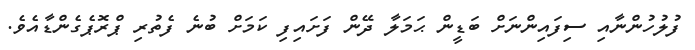
ފުލުހުންނާއި ސިފައިންނަށް ބަޑީން ޙަމަލާ ދޭން ފަށައިފި ކަމަށް ބުނެ ފެތުރި ޕްރޮޕެގެންޑާއެވެ.